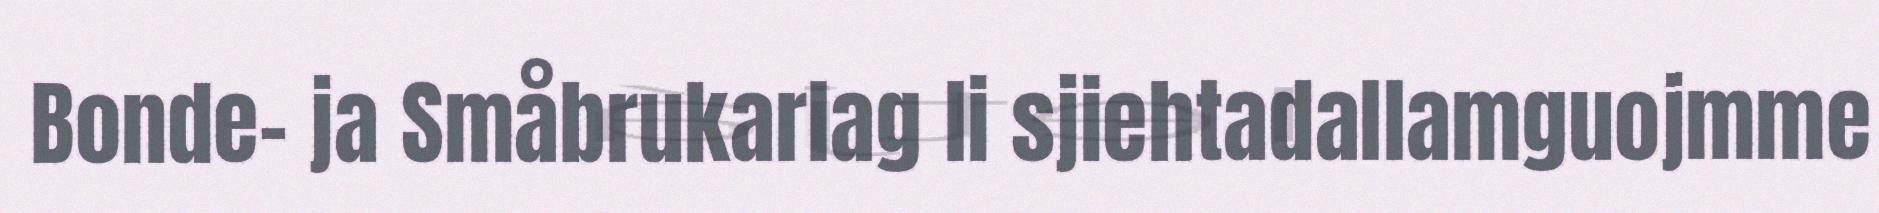
Bonde- ja Småbrukarlag li sjiehtadallamguojmme